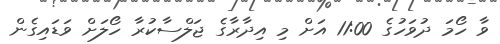
ވާ ހޯމަ ދުވަހުގެ 11:00 އަށް މި އިދާރާގެ ޖަލްސާކުރާ ހޯލަށް ވަޑައިގެން